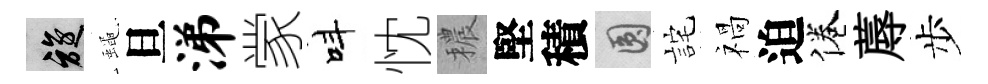
旋蠅旦涕䝉呌忱穠堅積圓詫禍迫倦蓐步